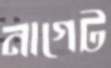
নাগেট